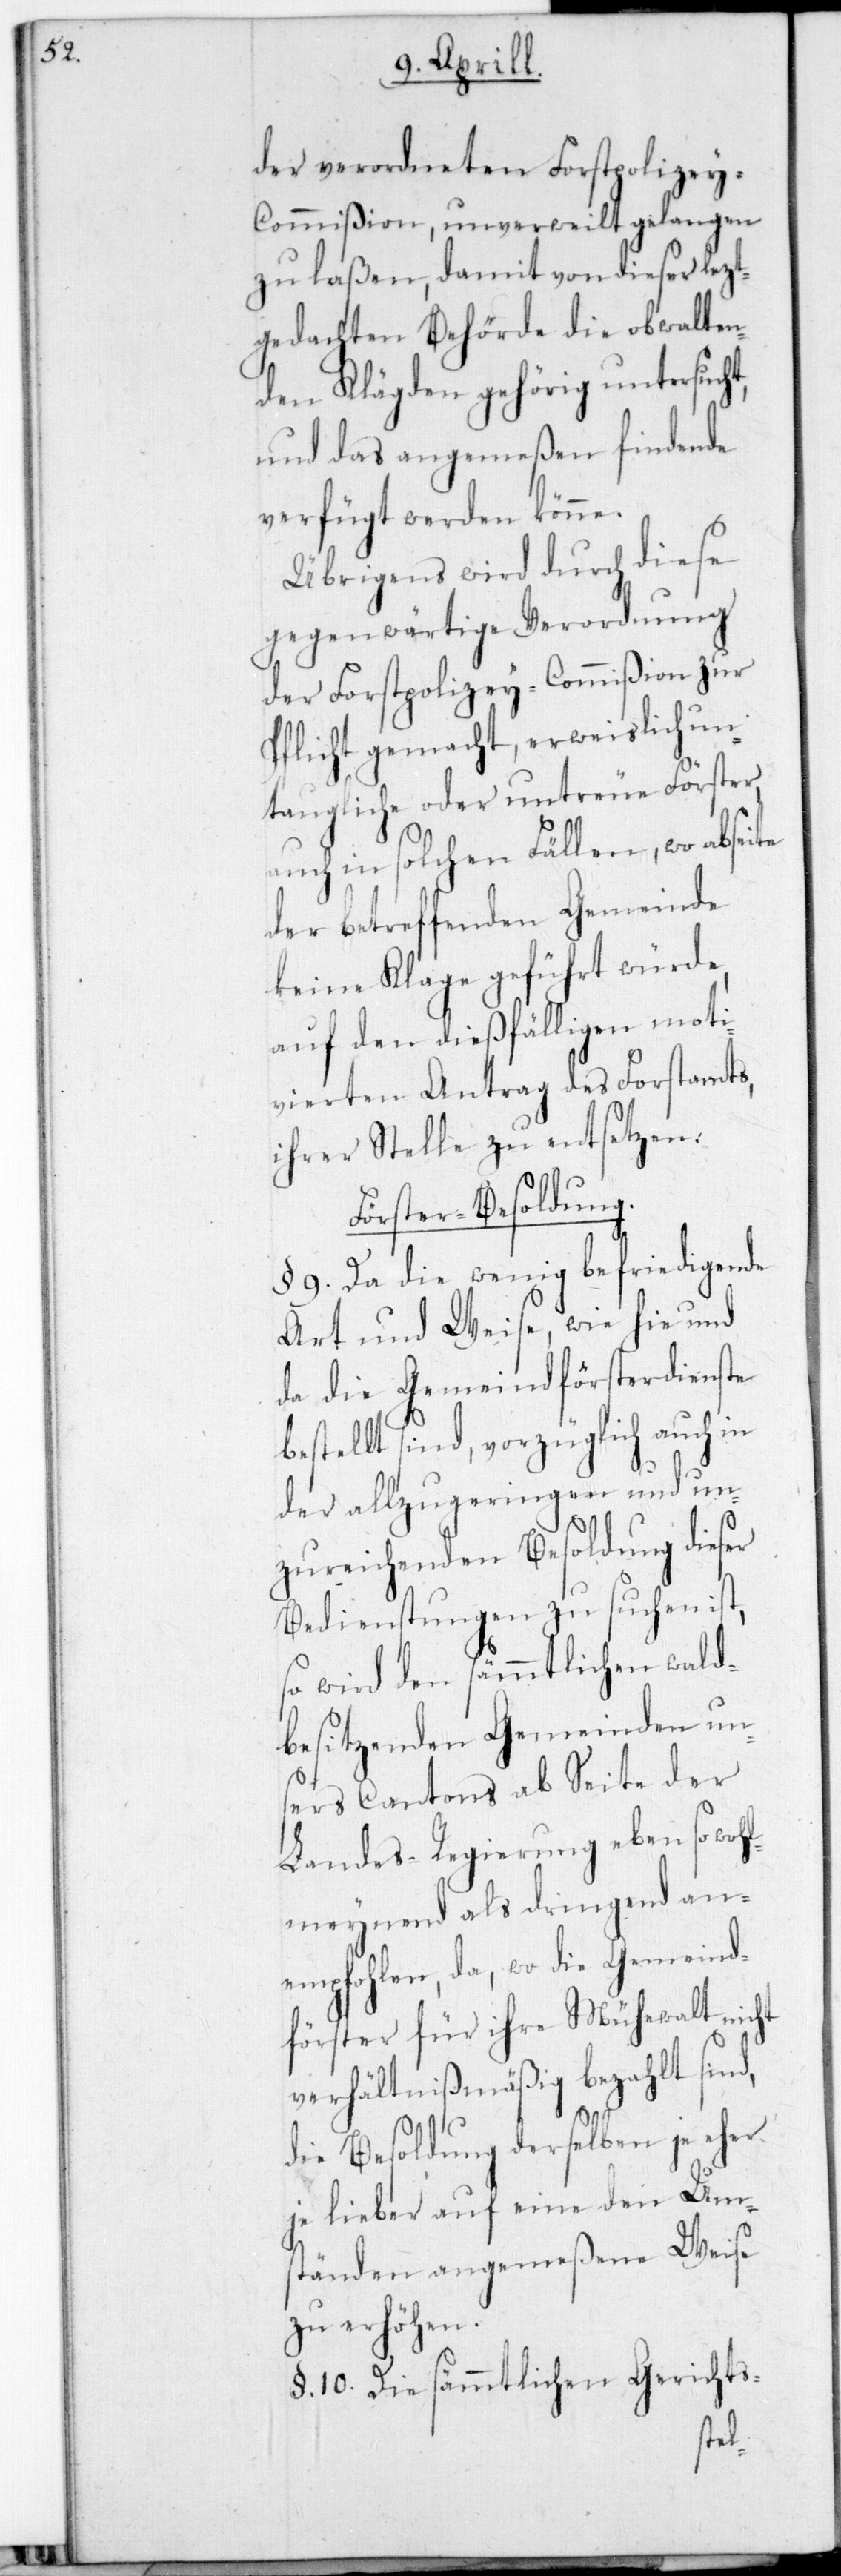
ht,

der verordneten Forstpolizey-C¬
ommißion, unverweilt gelangen
zu laßen, damit von dieser letzt
gedachten Behörde die obwalten¬
den Klägden gehörig untersuc¬
und das angemeßen Findende
verfügt werden könne.
Übrigens wird durch diese
gegenwärtige Verordnung
der Forstpolizey-Commißion zur
Pflicht gemacht, erweislich un¬
taugliche oder untreue Förster
auch in solchen Fällen, wo ab
der betreffenden Gemeinde
keine Klage geführt würde,
auf den dießfälligen moti¬
vierten Antrag des Forstamts,
ihrer Stelle zu entsetzen.
Förster-Besoldung.
§. 9. Da die wenig befriedigende
Art und Weise, wie hie und
da die Gemeindförsterdienste
bestellt sind, vorzüglich auch in
der allzu geringen und un¬
zureichenden Besoldung dieser
Bedienstungen zu suchen ist,
so wird den sämmtlichen Wald
besitzenden Gemeinden uns¬
ers Cantons, ab Seite der
Landes-Regierung eben so woh¬
lmeynend als dringend an¬
empfohlen, da wo die Gemeind¬
förster für ihre Mühewalt nicht
verhältnismäßig bezahlt sind,
die Besoldung derselben je eher
je lieber auf eine den Um¬
ständen angemeßene Weise
zu erhöhen.
§. 10. Die sämmtlichen Gerichts-